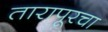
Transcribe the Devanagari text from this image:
तारापूरचा